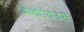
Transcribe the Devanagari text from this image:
मेथोदिउस